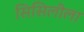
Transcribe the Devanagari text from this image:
सिसिलीला